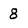
Character: 8